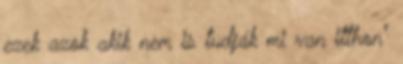
ezek azok akik nem is tudják mi van itthon"